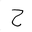
Letter: _ha